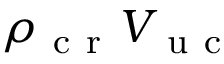
\rho _ { \mathrm { ~ c ~ r ~ } } V _ { \mathrm { ~ u ~ c ~ } }